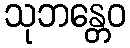
သုဘန္တေဝ